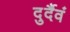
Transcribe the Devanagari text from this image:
दुर्दैवं